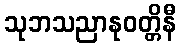
သုဘသညာနုဝတ္တိနီ